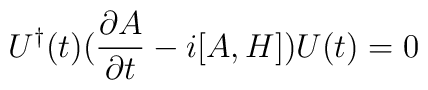
U^{\dagger}(t)({{\partial A} \over {\partial t}} - i[A,H]) U(t) = 0\nonumber